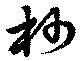
杪